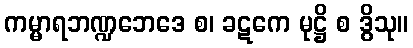
ကမ္မာရဘဏ္ဍဘေဒေ စ၊ ခဋကေ မုဋ္ဌိ စ ဒွိသု။